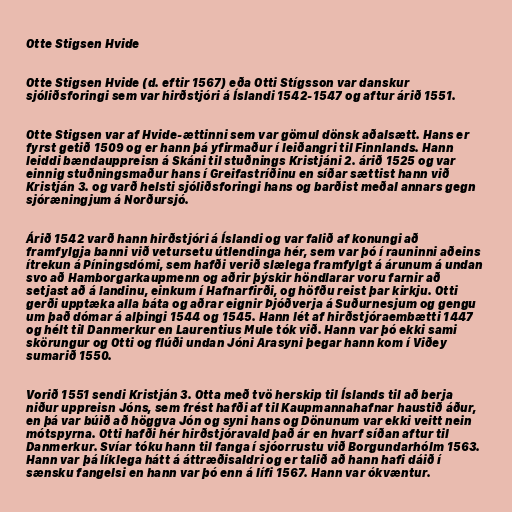
Otte Stigsen Hvide

Otte Stigsen Hvide (d. eftir 1567) eða Otti Stígsson var danskur
sjóliðsforingi sem var hirðstjóri á Íslandi 1542-1547 og aftur árið 1551.

Otte Stigsen var af Hvide-ættinni sem var gömul dönsk aðalsætt. Hans er
fyrst getið 1509 og er hann þá yfirmaður í leiðangri til Finnlands. Hann
leiddi bændauppreisn á Skáni til stuðnings Kristjáni 2. árið 1525 og var
einnig stuðningsmaður hans í Greifastríðinu en síðar sættist hann við
Kristján 3. og varð helsti sjóliðsforingi hans og barðist meðal annars gegn
sjóræningjum á Norðursjó.

Árið 1542 varð hann hirðstjóri á Íslandi og var falið af konungi að
framfylgja banni við vetursetu útlendinga hér, sem var þó í rauninni aðeins
ítrekun á Píningsdómi, sem hafði verið slælega framfylgt á árunum á undan
svo að Hamborgarkaupmenn og aðrir þýskir höndlarar voru farnir að
setjast að á landinu, einkum í Hafnarfirði, og höfðu reist þar kirkju. Otti
gerði upptæka alla báta og aðrar eignir Þjóðverja á Suðurnesjum og gengu
um það dómar á alþingi 1544 og 1545. Hann lét af hirðstjóraembætti 1447
og hélt til Danmerkur en Laurentius Mule tók við. Hann var þó ekki sami
skörungur og Otti og flúði undan Jóni Arasyni þegar hann kom í Viðey
sumarið 1550.

Vorið 1551 sendi Kristján 3. Otta með tvö herskip til Íslands til að berja
niður uppreisn Jóns, sem frést hafði af til Kaupmannahafnar haustið áður,
en þá var búið að höggva Jón og syni hans og Dönunum var ekki veitt nein
mótspyrna. Otti hafði hér hirðstjóravald það ár en hvarf síðan aftur til
Danmerkur. Svíar tóku hann til fanga í sjóorrustu við Borgundarhólm 1563.
Hann var þá líklega hátt á áttræðisaldri og er talið að hann hafi dáið í
sænsku fangelsi en hann var þó enn á lífi 1567. Hann var ókvæntur.